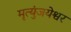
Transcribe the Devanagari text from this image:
मृत्युंजयेश्वर